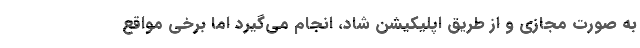
به صورت مجازی و از طریق اپلیکیشن شاد، انجام می‌گیرد اما برخی مواقع